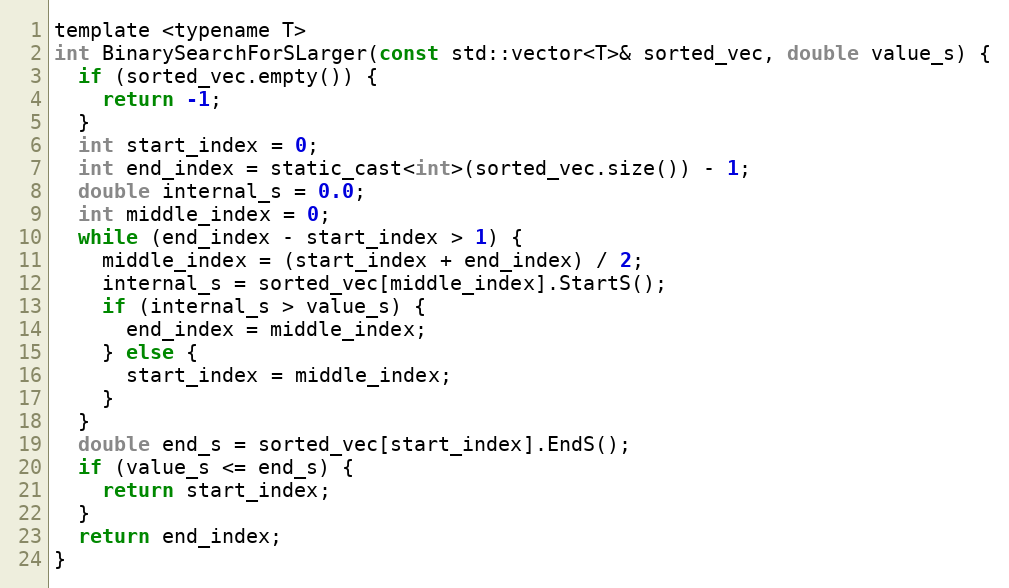
Language: C
template <typename T>
int BinarySearchForSLarger(const std::vector<T>& sorted_vec, double value_s) {
  if (sorted_vec.empty()) {
    return -1;
  }
  int start_index = 0;
  int end_index = static_cast<int>(sorted_vec.size()) - 1;
  double internal_s = 0.0;
  int middle_index = 0;
  while (end_index - start_index > 1) {
    middle_index = (start_index + end_index) / 2;
    internal_s = sorted_vec[middle_index].StartS();
    if (internal_s > value_s) {
      end_index = middle_index;
    } else {
      start_index = middle_index;
    }
  }
  double end_s = sorted_vec[start_index].EndS();
  if (value_s <= end_s) {
    return start_index;
  }
  return end_index;
}